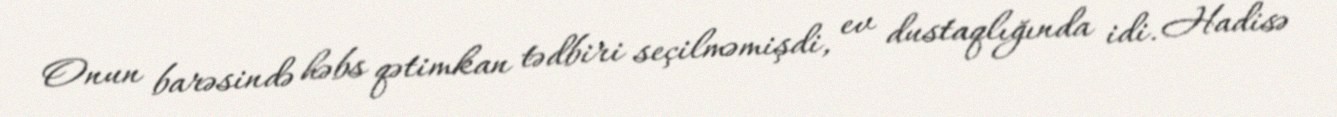
Onun barəsində həbs qətimkan tədbiri seçilməmişdi, ev dustaqlığında idi. Hadisə